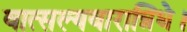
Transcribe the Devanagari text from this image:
वात्सल्यवारान्निधे।